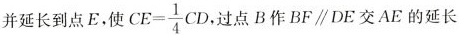
并延长到点E，使$$CE= \frac{1}{4}CD$$过点B作$$BF\parallel DE$$交AE的延长